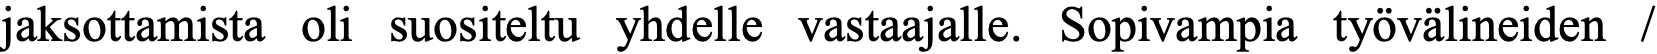
jaksottamista oli suositeltu yhdelle vastaajalle. Sopivampia työvälineiden /